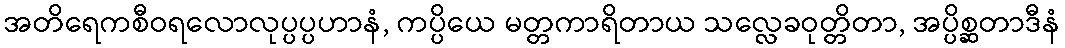
အတိရေကစီဝရလောလုပ္ပပ္ပဟာနံ, ကပ္ပိယေ မတ္တကာရိတာယ သလ္လေခဝုတ္တိတာ, အပ္ပိစ္ဆတာဒီနံ